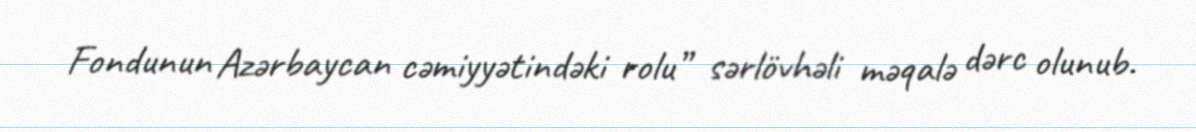
Fondunun Azərbaycan cəmiyyətindəki rolu” sərlövhəli məqalə dərc olunub.